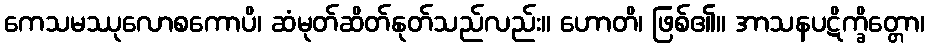
ကေသမဿုလောစကောပိ၊ ဆံမုတ်ဆိတ်နုတ်သည်လည်း။ ဟောတိ၊ ဖြစ်၏။ အာသနပဋိက္ခိတ္တော၊